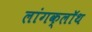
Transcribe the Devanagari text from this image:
लांगक्लॉथ